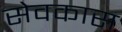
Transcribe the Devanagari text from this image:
सेवकास